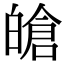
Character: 𤾙